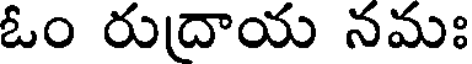
ఓం రుదాయ నమః